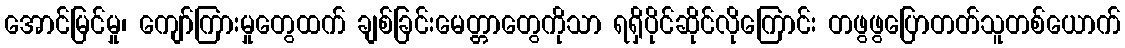
အောင်မြင်မှု၊ ကျော်ကြားမှုတွေထက် ချစ်ခြင်းမေတ္တာတွေကိုသာ ရရှိပိုင်ဆိုင်လိုကြောင်း တဖွဖွပြောတတ်သူတစ်ယောက်